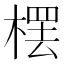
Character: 𣘓